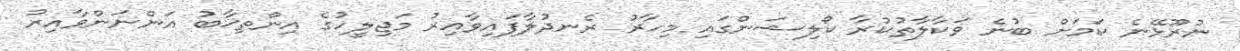
ނުރޫޅޭނެ ކަމަށް ބުނެ ވަކާލާތުކުރާ ކޯލިޝަންގައި މިހާރު ރެނދުލާފައިވާއިރު މަޖިލީހުގެ އިންތިޚާބު އަންނަންވާއިރު